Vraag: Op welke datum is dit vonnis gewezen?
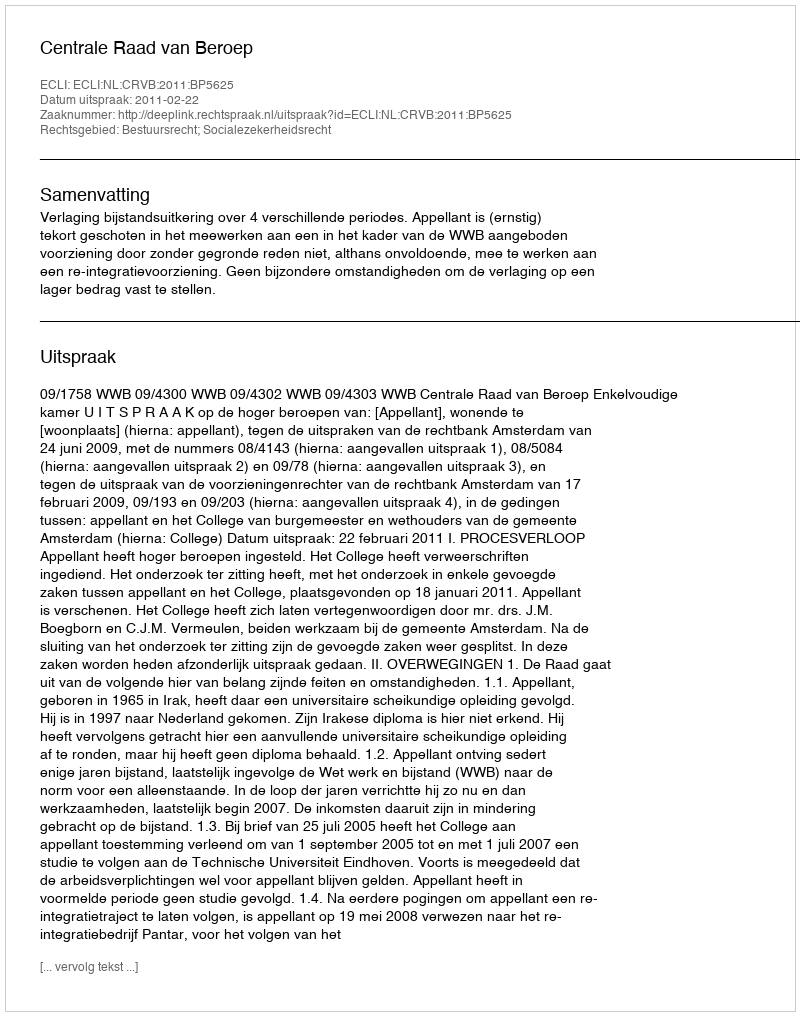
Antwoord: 2011-02-22